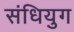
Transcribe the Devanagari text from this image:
संधियुग